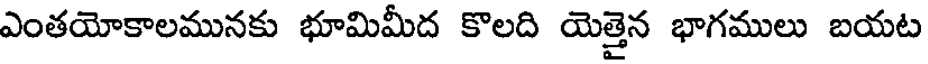
ఎంతయోకాలమునకు భూమిమీద కొలది యెత్తైన భాగములు బయట